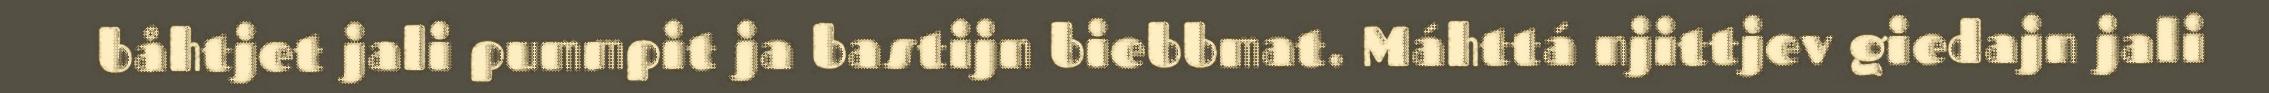
båhtjet jali pummpit ja bastijn biebbmat. Máhttá njittjev giedajn jali